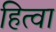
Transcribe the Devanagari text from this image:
हित्वा